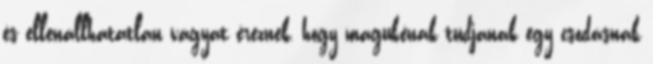
és ellenállhatatlan vágyat éreznek, hogy magukénak tudjanak egy csodásnak